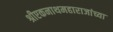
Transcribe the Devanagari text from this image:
श्रीएकनाथमहाराजांच्या